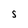
Character: S